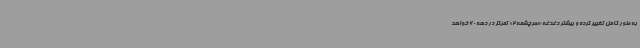
به طور کامل تغییر کرده و بیشتر دغدغه «سرچشمه 2» تمرکز در دهه 60 خواهد